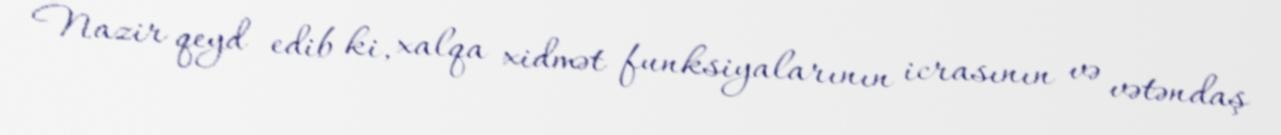
Nazir qeyd edib ki, xalqa xidmət funksiyalarının icrasının və vətəndaş